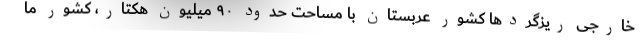
خارجی ریزگردها کشور عربستان با مساحت حدود ۹۰ میلیون هکتار، کشور ما